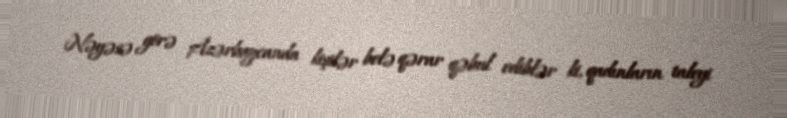
Nəyəsə görə Azərbaycanda kişilər belə qərar qəbul ediblər ki, qadınların taleyi